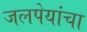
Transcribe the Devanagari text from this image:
जलपेयांचा